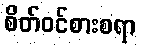
စိတ်ဝင်စားစရာ